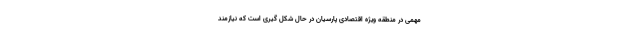
مهمی در منطقه ویژه اقتصادی پارسیان در حال شکل گیری است که نیازمند